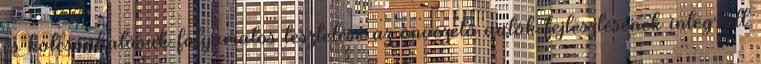
és kölcsönhatásuk folyamatos tesztelése az önvezető autók fejlesztésének integrált